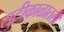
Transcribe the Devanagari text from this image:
सुटीकाळातली